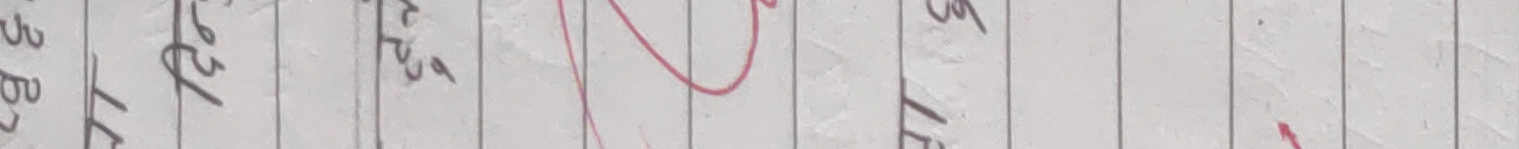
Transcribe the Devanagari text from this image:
उ २ प ड ५ ले